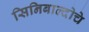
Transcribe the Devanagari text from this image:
सिनिबाल्दोचे